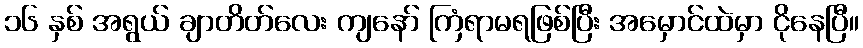
၁၆ နှစ် အရွယ် ချာတိတ်လေး ကျနော် ကြံရာမရဖြစ်ပြီး အမှောင်ထဲမှာ ငိုနေပြီ။